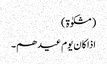
(مشکوٰۃ)
اذا کان یوم عیدھم۔